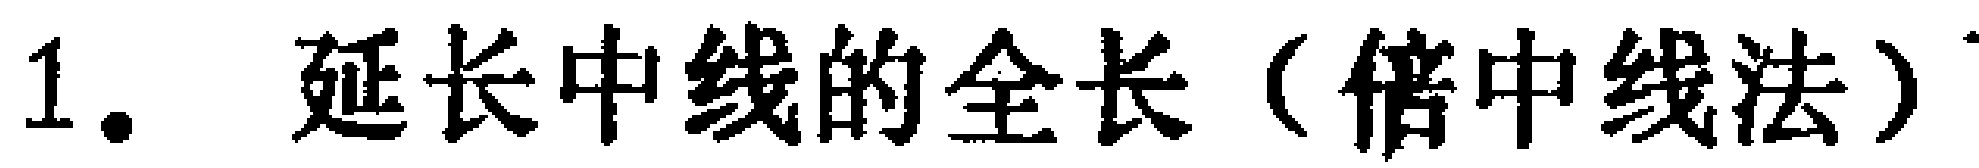
1. 延长中线的全长（倍中线法）